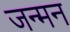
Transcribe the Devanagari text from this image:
जन्मन